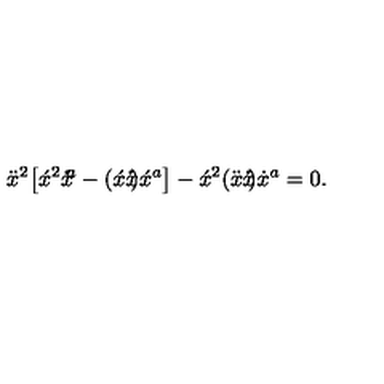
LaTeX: \ddot { x } ^ { 2 } \big [ \acute { x } { } ^ { 2 } x \! \! \dot { } \acute { } { } ^ { a } - ( \acute { x } x \! \! \dot { } \acute { } ) \acute { x } { } ^ { a } \big ] - \acute { x } ^ { 2 } ( \ddot { x } x \! \! \dot { } \dot { } \acute { } ) \dot { x } { } ^ { a } = 0 .